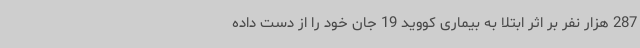
287 هزار نفر بر اثر ابتلا به بیماری کووید 19 جان خود را از دست داده